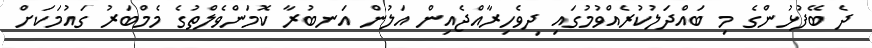
ދެ ބޭފުޅުންގެ މި ބައްދަލުކުރެއްވުމުގައި ދިވެހިރާއްޖެއިން އަލުން އަނބުރާ ކޮމަންވެލްތުގެ މެމްބަރު ގައުމަކަށް